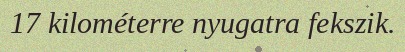
17 kilométerre nyugatra fekszik.